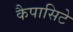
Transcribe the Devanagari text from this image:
कैपासिटे